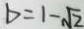
b = 1 - \sqrt { 2 }